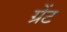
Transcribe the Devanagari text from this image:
ग्रेंट